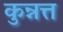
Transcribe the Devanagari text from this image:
कुन्नत्त